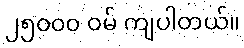
၂၅၀၀၀ ဝမ် ကျပါတယ်။